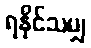
ရနိုင်သမျှ